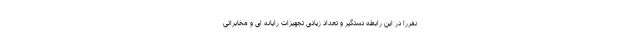
نفررا در این رابطه دستگیر و تعداد زیادی تجهیزات رایانه ای و مخابراتی